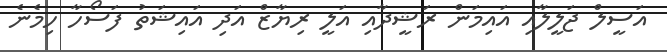
އަސީލް ޖަލީލާއި އައިމަން ރަޝީދާއި އަލީ ރިޔާޒް އަދި އައިޝަތު ފަސޯހާ ހިމެނެ